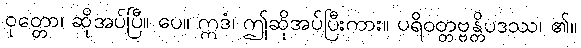
ဝုတ္တော၊ ဆိုအပ်ပြီ။ ပေ။ ဣဒံ၊ ဤဆိုအပ်ပြီးကား။ ပရိဝတ္တဗ္ဗန္တိပဒဿ၊ ၏။